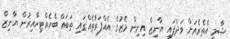
ޝާމީ އެތެރެއަށް ވަދެފައި ޔާނިޒް އިށިން މޭޒުގެ އެއްފަރާތެއްގައި ތަބައް ބެހެއްޓިހާއިރުން ޔާނިޒް